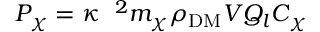
P _ { \chi } = \kappa \raisebox { \depth } { \chi } ^ { 2 } m _ { \chi } \rho _ { \mathrm { D M } } V Q _ { l } C _ { \chi }